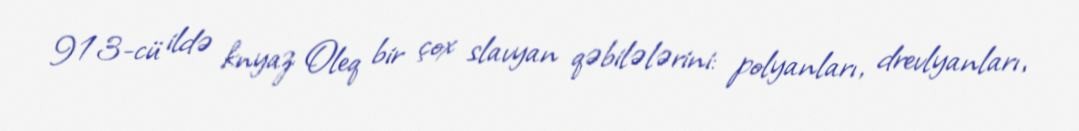
913-cü ildə knyaz Oleq bir çox slavyan qəbilələrini: polyanları, drevlyanları,